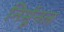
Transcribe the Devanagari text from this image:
निर्मूनल